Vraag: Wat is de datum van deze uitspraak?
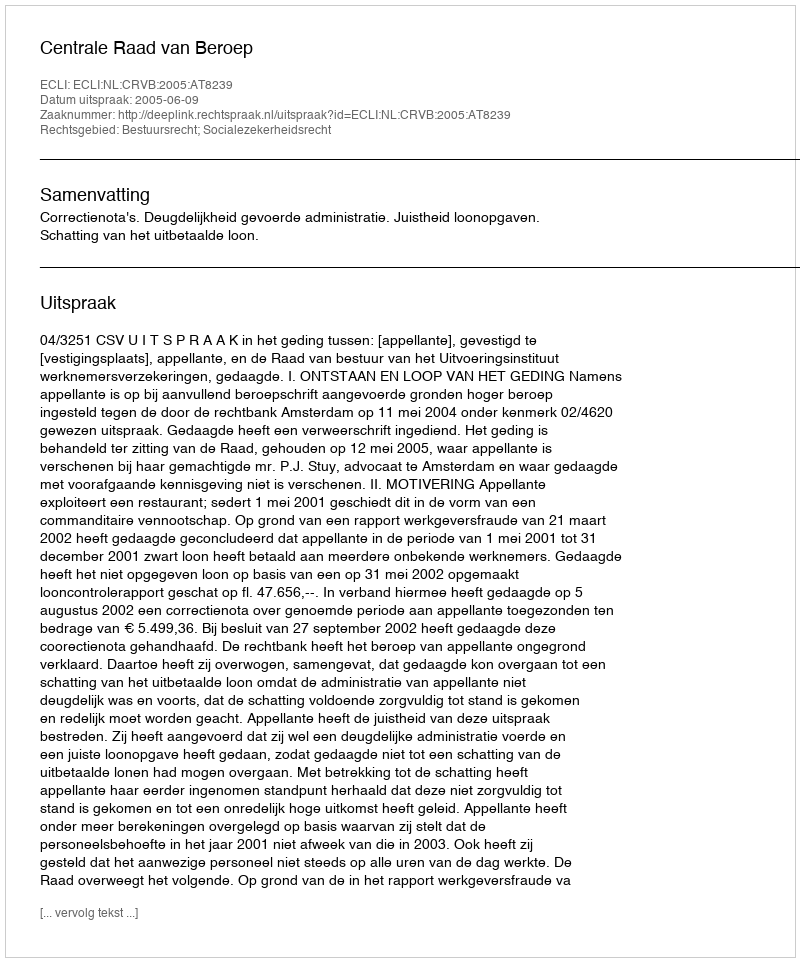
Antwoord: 2005-06-09